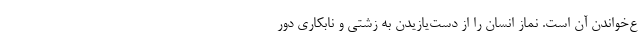
ع‌خواندن آن است. نماز انسان را از دست‌یازیدن به زشتی و نابکاری دور